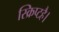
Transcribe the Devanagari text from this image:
स्क्रिप्टहै।